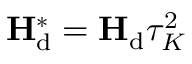
{ \mathbf { H } } _ { \mathrm { d } } ^ { * } = { \mathbf { H } } _ { \mathrm { d } } \tau _ { K } ^ { 2 }